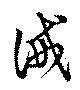
誡